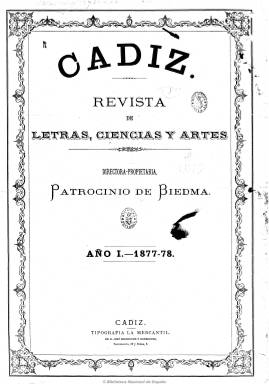
Título: Cádiz (Cádiz. 1877)
Colección: Cultura
Ámbito geográfico: Cádiz
Lugar de publicación: Cádiz
Fechas: 10/05/1877-10/06/1880

Revista de artes, letras y ciencias de la que es propietaria y directora Patrocinio de Biedma Lamoneda (1848-1927) y que comienza a publicar al poco de establecerse en la capital gaditana el diez de junio de 1877, en números de ocho páginas y a tres columnas con una estética cuidada y avanzada para su tiempo, siendo fruto de las aspiraciones pedagógicas e ilustradas de esta prolífica escritora de origen aristocrático. Es estampada en la Imprenta La Mercantil, de José Rodríguez y Rodríguez, con el que Biedma contraerá segundas nupcias, y que al final aparecerá como editor.

Resalta de esta publicación la larga nómina de sus redactores y colaboradores, que bajo el grabado de la Bahía de Cádiz en el que va incluida su cabecera, da cuenta en sus entregas junto al sumario. La mayoría son de renombre literario e intelectual, y entre ellos se encuentran Emilio Castelar, Andrés Borrego, Nicolás Díaz Benjumea, Salvador Rueda, Antonio García Gutiérrez, José de Echegaray, Ventura Ruiz Aguilera, Lorenzo Campillo, Romualdo Álvarez Espino o Rodríguez Marín. También en esta nómina aparecen literatos jienenses, provincia de la que procedía la directora, como José Moreno Castelló, Juan de la Parra, Josefa Sevillano del Toral, Joaquín Ruiz Jiménez, Matías Pastor García, Carmen Linares Martínez o Pedro Manuel de Acuña.

Asimismo resaltan los bellos grabados que inserta, especialmente una galería de retratos, así como otros de tipos y alguna vista de Cádiz, al no poder ofrecer los de actualidad al carecer Cádiz en esa época de grabador al boj.

Ajena a la política de actualidad, publica artículos biográficos, históricos y literarios, revistas de salones, de teatros, de modas, crónicas, textos de creación literaria (novelas), composiciones poéticas, y tiene también secciones como Revista de Madrid y Correspondencia de Cádiz, de bibliografía y de noticias y, al final, algunos anuncios.

Estuvo apareciendo los días 10, 20 y 30 de cada mes. Los dos primeros tomos incluyen índices. El número 16 de su cuarto año, correspondiente al 10 de junio de 1880 es el último. La colección de la Biblioteca Nacional no está completa. Para esta publicación puede verse, entre otros, el trabajo de Salvador Contreras.